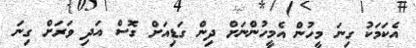
އެކަމަކު ގިނަ މީހުން އެމީހުންނަށް ދިން ގަޑިއަށް ގޮސް އަދި ވަރަށް ގިނަ